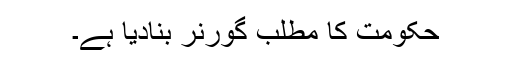
حکومت کا مطلب گورنر بنادیا ہے۔